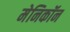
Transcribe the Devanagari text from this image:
मेनिकॉन